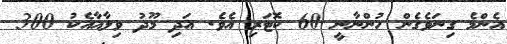
އެންމެ ގިނަވެގެން ހުންނާނީ 60 ކޮޓަރި އެވެ. އަދި މޫދު ވިލާއާއެކު 300